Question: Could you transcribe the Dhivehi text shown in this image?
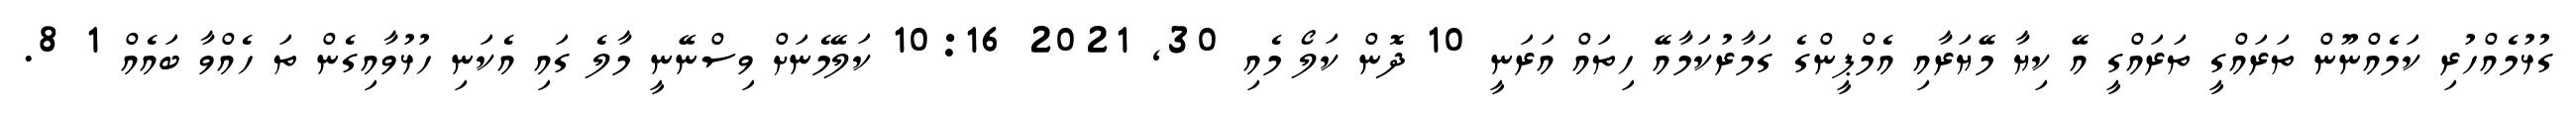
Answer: ގުޅުމެއްހުރި ކަމެއްނޫން ތަރައްގީ ތަރައްގީ އޭ ކިޔާ މޭޔަރާއި އެމްޕީންގެ ގަމާރުކަމާއޭ ހިތައް އަރަނީ 10 ދޮން ކަލޯ މެއި 30, 2021 10:16 ކަލޭމެނަށް ވިސްނޭނީ މާލެ ގައި އެކަނި ހުޅުވާއިގެން ތަ ހެއްވާ ބައެއް 1 8.